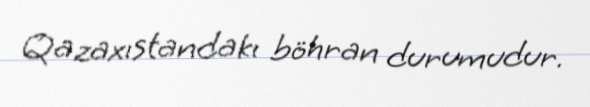
Qazaxıstandakı böhran durumudur.